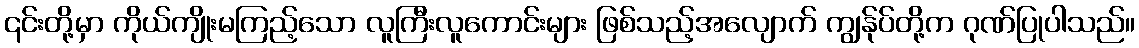
၎င်းတို့မှာ ကိုယ်ကျိုးမကြည့်သော လူကြီးလူကောင်းများ ဖြစ်သည့်အလျောက် ကျွန်ုပ်တို့က ဂုဏ်ပြုပါသည်။